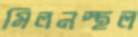
মিলনস্থল